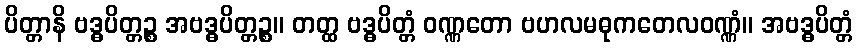
ပိတ္တာနိ ဗဒ္ဓပိတ္တဉ္စ အဗဒ္ဓပိတ္တဉ္စ။ တတ္ထ ဗဒ္ဓပိတ္တံ ဝဏ္ဏတော ဗဟလမဓုကတေလဝဏ္ဏံ။ အဗဒ္ဓပိတ္တံ